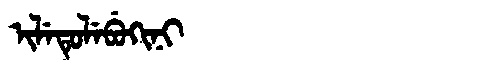
Manchu: ᡳᠯᡝᡨᡠᠯᡝᠪᡠᡴᡳᠨᡳ
Romanization: ILETULEBUKINI